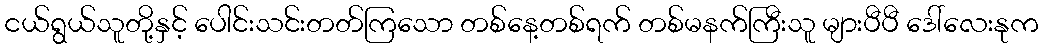
ငယ်ရွယ်သူတို့နှင့် ပေါင်းသင်းတတ်ကြသော တစ်နေ့တစ်ရက် တစ်မနက်ကြီးသူ များပီပီ ဒေါ်လေးနုက